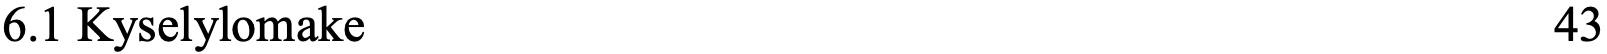
6.1 Kyselylomake                                    43